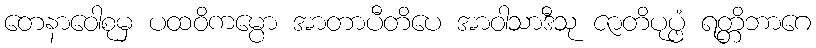
တေနာဝေါစုမှ ပထဝိကမ္ပော အာတာပီတိပေ အာဝါသာဒီသု ဇာတိပုပ္ဖံ ရတ္တိဘာဂေ